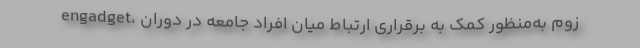
engadget، زوم به‌منظور کمک به برقراری ارتباط میان افراد جامعه در دوران